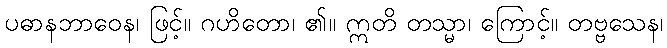
ပဓာနဘာဝေန၊ ဖြင့်။ ဂဟိတော၊ ၏။ ဣတိ တသ္မာ၊ ကြောင့်။ တဗ္ဗသေန၊